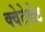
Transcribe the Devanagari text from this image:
क्वेटेलेट